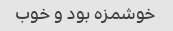
خوشمزه بود و خوب